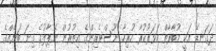
ދަގަނޑޭ އަކީ މުބާރާތް ކަވަރުކުރާ ހުރިހާ ނޫސްވެރިންގެ އިތުރުން ނޭޕާލުގެ ގިނަ ބަޔެއްގެ